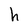
Character: h